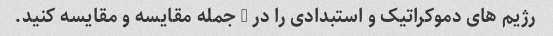
رژیم های دموکراتیک و استبدادی را در 4 جمله مقایسه و مقایسه کنید.